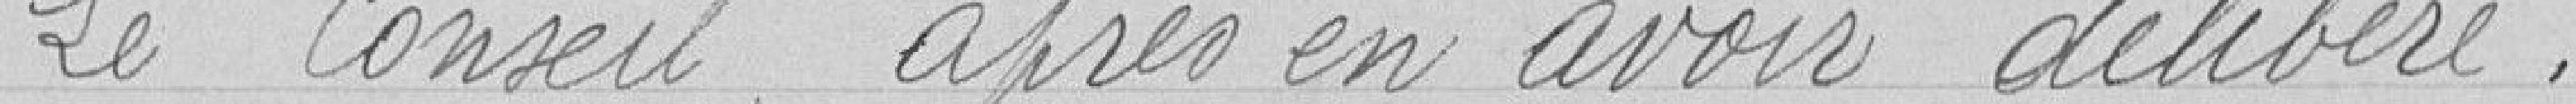
Le Conseil, après en avoir délibéré